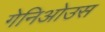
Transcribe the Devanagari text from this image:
गेनिओउस